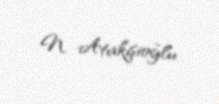
N. Atakişioğlu